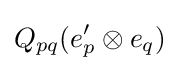
Q_{pq}(e'_{p}\otimes e_{q})